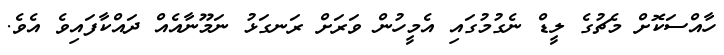
ހާއްސަކޮށް މެޗުގެ ލީޑް ނެގުމުގައި އެމީހުން ވަރަށް ރަނގަޅު ނަމޫނާއެއް ދައްކާފައިވެ އެވެ.